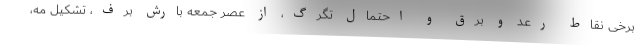
برخی نقاط رعد و برق و احتمال تگرگ، از عصر جمعه بارش برف، تشکیل مه،